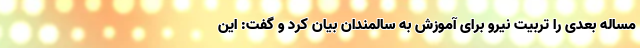
مساله بعدی را تربیت نیرو برای آموزش به سالمندان بیان کرد و گفت: این